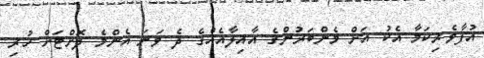
އުފާވެރިކަމާ އެކު އަށް މެންބަރުންގެ އާއިލާއެއްގެ ދެ ވަނަ އެންމެ ދޮށްޓަށް ހުރި